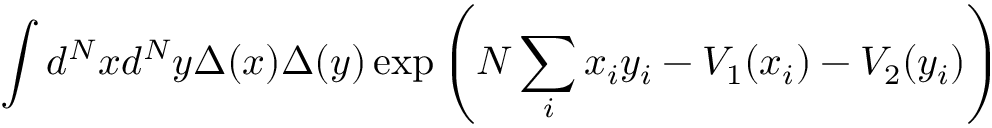
\int d ^ { N } x d ^ { N } y \Delta ( x ) \Delta ( y ) \exp \left( N \sum _ { i } x _ { i } y _ { i } - V _ { 1 } ( x _ { i } ) - V _ { 2 } ( y _ { i } ) \right)